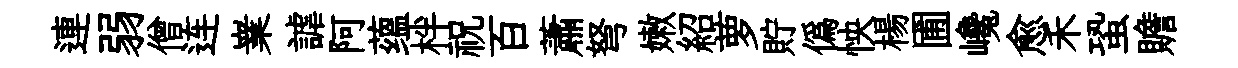
連弱僧连嶪謔阿蕴柈祝百蕭弩嫩紹萝貯偽怏楊圃巉愈禾蛩贍